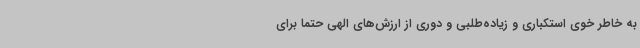
به خاطر خوی استکباری و زیاده‌طلبی و دوری از ارزش‌های الهی حتماً برای